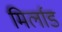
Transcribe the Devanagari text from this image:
मिर्लाड